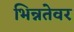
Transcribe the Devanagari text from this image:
भिन्नतेवर